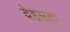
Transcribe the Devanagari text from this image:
देहलता